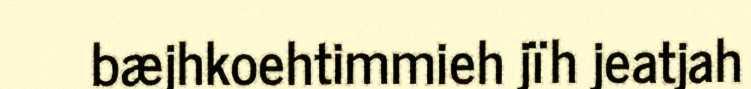
bæjhkoehtimmieh jïh jeatjah